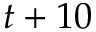
t + 1 0